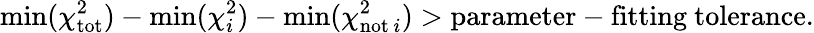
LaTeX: \mathrm{min}(\chi_{\mathrm{tot}}^{2})-\mathrm{min}(\chi_{i}^{2})-\mathrm{min}(\chi_{\mathrm{not\, }i}^{2})>\mathrm{parameter-fitting~tolerance}.